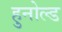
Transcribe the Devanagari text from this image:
हुनोल्ड